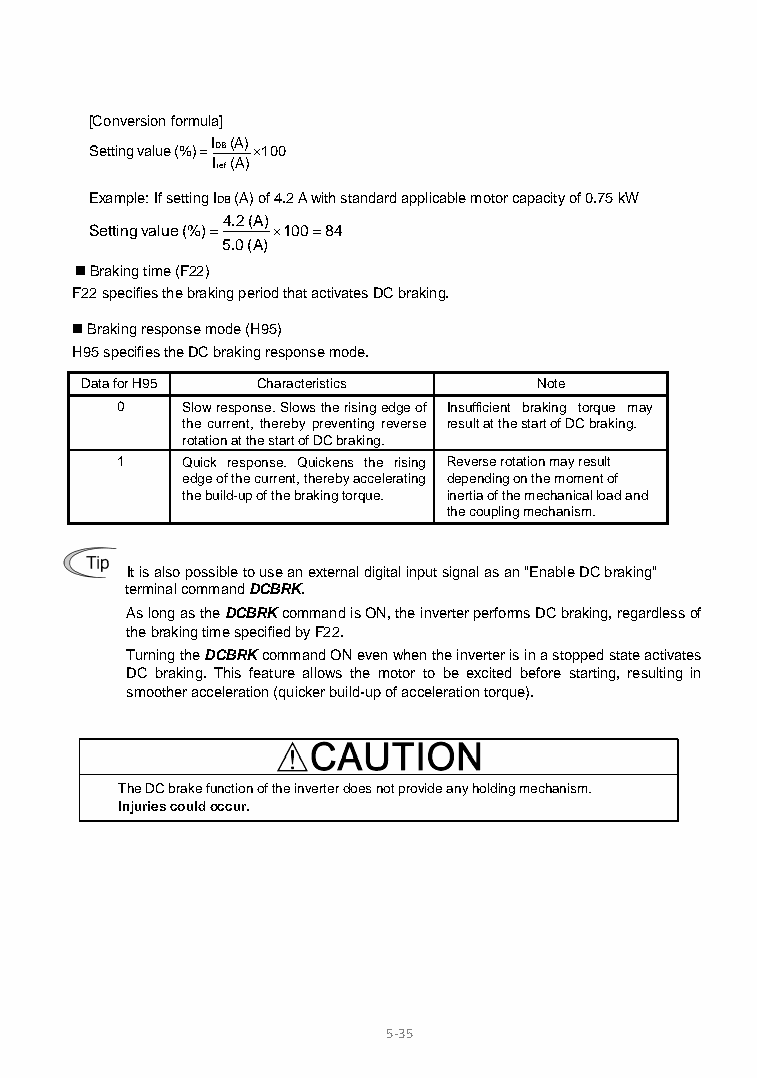
[Conversion formula]
 Setting value (%) =
 IDB (A)
 × 100
 Iref (A)
 Example: If setting IDB (A) of 4.2 A with standard applicable motor capacity of 0.75 kW
 Setting value (%) =
 4.2 (A)
 × 100 = 84
 5.0 (A)
  Braking time (F22)
 F22 specifies the braking period that activates DC braking.
  Braking response mode (H95)
 H95 specifies the DC braking response mode.
 Data for H95 Characteristics   Note
 0   Slow response. Slows the rising edge of Insufficient braking torque may
 the current, thereby preventing reverse result at the start of DC braking.
 rotation at the start of DC braking.
 1   Quick response. Quickens the rising Reverse rotation may result
 edge of the current, thereby accelerating depending on the moment of
 the build-up of the braking torque. inertia of the mechanical load and
 the coupling mechanism.
 It is also possible to use an external digital input signal as an "Enable DC braking"
 terminal command DCBRK.
 As long as the DCBRK command is ON, the inverter performs DC braking, regardless of
 the braking time specified by F22.
 Turning the DCBRK command ON even when the inverter is in a stopped state activates
 DC braking. This feature allows the motor to be excited before starting, resulting in
 smoother acceleration (quicker build-up of acceleration torque).
 The DC brake function of the inverter does not provide any holding mechanism.
 Injuries could occur.
 5-35